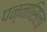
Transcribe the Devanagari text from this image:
पन्नासिला